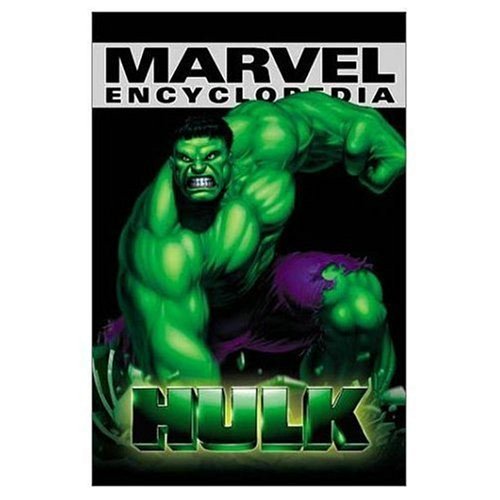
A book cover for Marvel Encyclopedia: The Hulk; Marvel Comics; Humor & Entertainment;